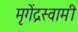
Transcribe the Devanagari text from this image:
मृगेंद्रस्वामी